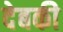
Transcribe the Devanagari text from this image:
देबकी